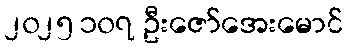
၂၀၂၅ ၁၀၇ ဦးဇော်အေးမောင်